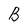
Character: B